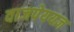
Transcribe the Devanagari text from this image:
वाजपेययज्ञ